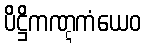
ပိဋ္ဌိကဏ္ဋကံယေဝ